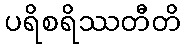
ပရိစရိဿတီတိ